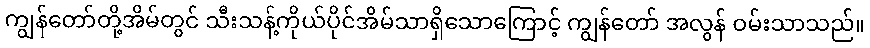
ကျွန်တော်တို့အိမ်တွင် သီးသန့်ကိုယ်ပိုင်အိမ်သာရှိသောကြောင့် ကျွန်တော် အလွန် ဝမ်းသာသည်။